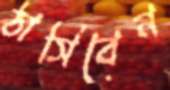
ঠাসিবেন